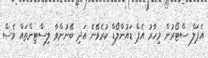
އެޕަލް ސްޓޯރުން މިހާރު އެޕް ޑައުންލޯޑް ކުރެވޭނެ އަދި ބޭނުންވާ ލިސްޓިންތައް ވެސް